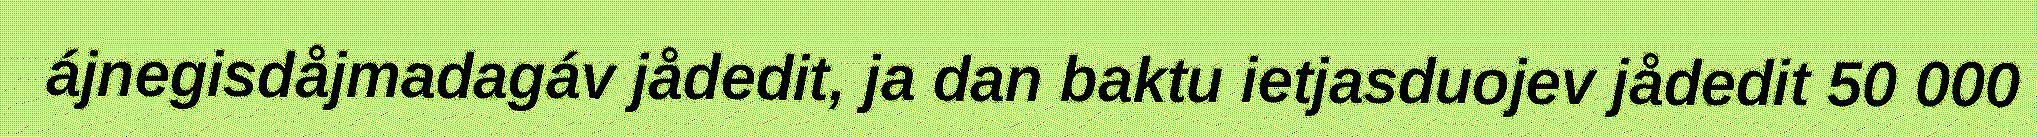
ájnegisdåjmadagáv jådedit, ja dan baktu ietjasduojev jådedit 50 000